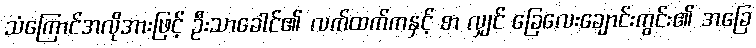
သံကြောင်အလိုအားဖြင့် ဦးသာခေါင်၏ လက်ထက်ကနှင့် စာ လျှင် ခြေလေးချောင်းကွင်း၏ အခြေ